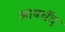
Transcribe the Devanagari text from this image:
आबचॅद